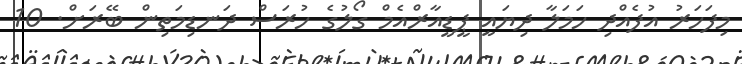
މިފަހަރު އުފެއްދި ހަމަލާ ދިޔައީ ޕީޑީއާރްއެމް ގޯލުގެ ހުރަސް ދަނޑިމަތިން ބޭރަށް. 10